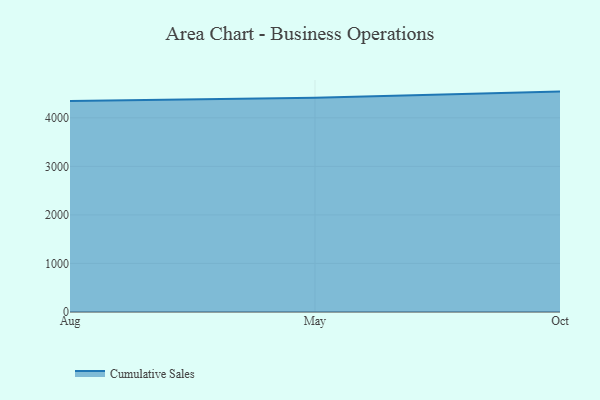
{"axis": {"x": "Month", "y": "Net Income (USD K)"}, "legend": ["Cumulative Sales"], "data": [{"x": "Aug", "y": 4347.3, "type": "Cumulative Sales"}, {"x": "May", "y": 4413.3, "type": "Cumulative Sales"}, {"x": "Oct", "y": 4539.8, "type": "Cumulative Sales"}]}